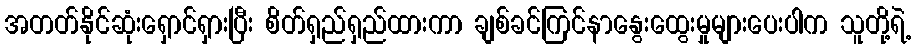
အတတ်နိုင်ဆုံးရှောင်ရှားပြီး စိတ်ရှည်ရှည်ထားကာ ချစ်ခင်ကြင်နာနွေးထွေးမှုများပေးပါက သူတို့ရဲ့